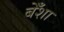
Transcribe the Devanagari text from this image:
बेँशा